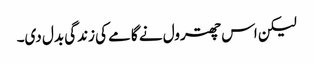
لیکن اس چھترول نے گامے کی زندگی بدل دی۔